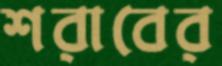
শরাবের